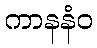
ကာနနံဝ